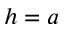
h = a